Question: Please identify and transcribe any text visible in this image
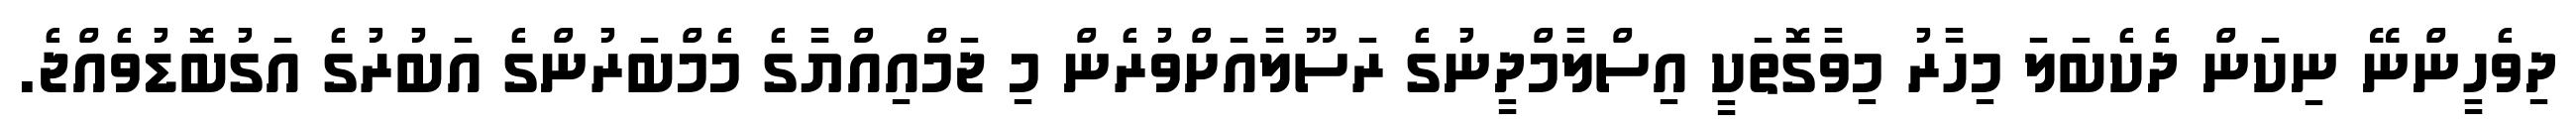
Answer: ދިވެހީންނޭ ނިކަން ދެކެބަލަ މިހާރު މިވާގޮތަކީ އިސްލާމްދީނުގެ ރަސޫލާއަށްވުރެން މި ޖަމްއިއްޔާގެ މެމްބަރުންގެ އަބުރުގެ އަގުބޮޑުވެއްޖެ.